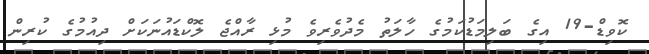
ކޮވިޑް-19 އިގެ ބަލިމަޑުކަމުގެ ހާލަތު މެދުވެރިވެ މުޅި ރާއްޖެ ލޮކްޑައުނަކަށް ދިއުމުގެ ކުރިން